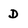
Character: D